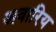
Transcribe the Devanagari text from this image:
अवारिय